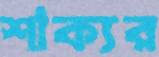
শাক্যর